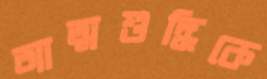
আত্মশুদ্ধিকে